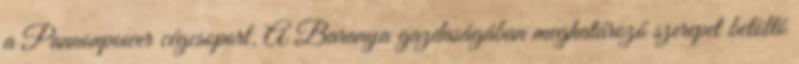
a Pannonpower cégcsoport. A Baranya gazdaságában meghatározó szerepet betöltô